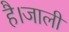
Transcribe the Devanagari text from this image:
है।जाली